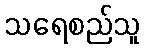
သရေစည်သူ